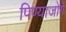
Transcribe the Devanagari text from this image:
पिण्याजोगे